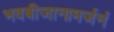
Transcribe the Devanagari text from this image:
भवबीजानामर्जनं